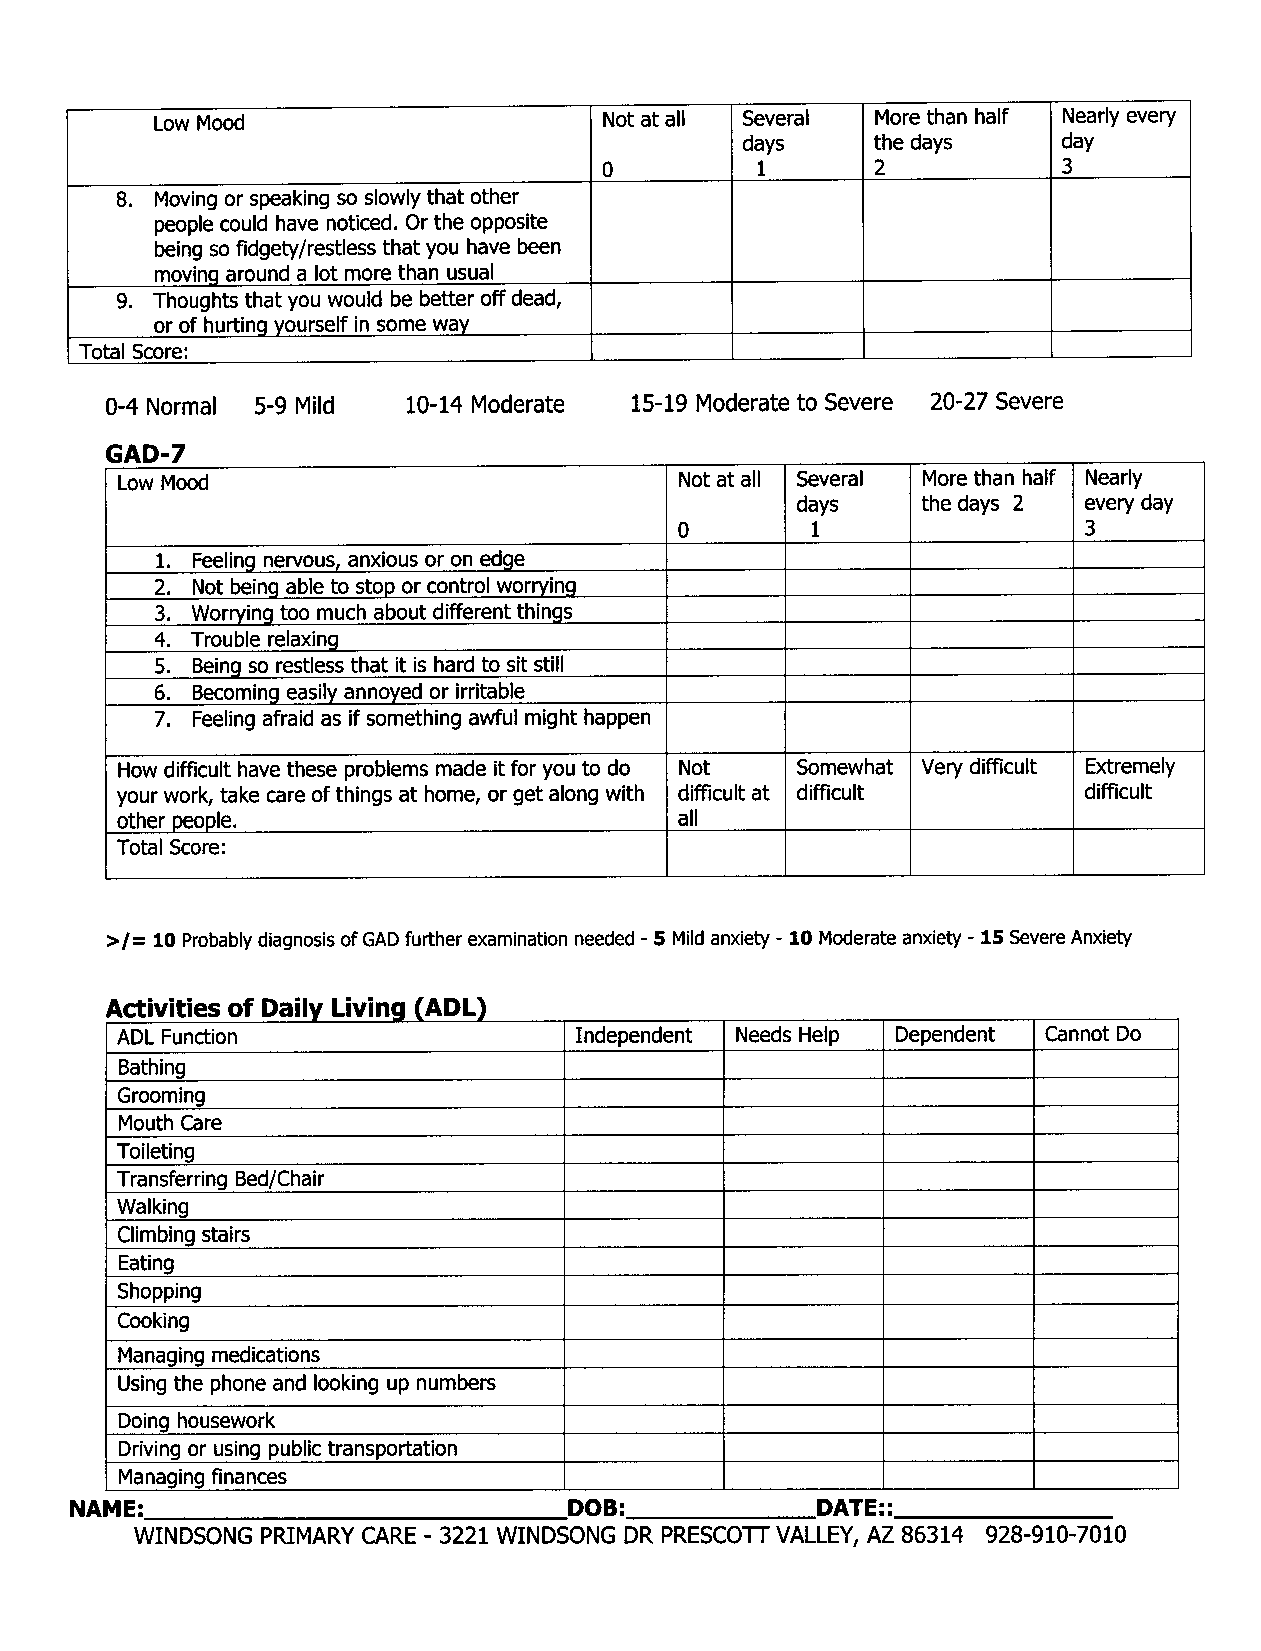
Low Mood                      Not at all0 Several More than half Nearly every
 days     the days    day
 1       2           3
 8. Moving or speaking so slowly that other
 people could have noticed. Or the opposite
 being so fidgety/restless that you have been
 moving around a lot more than usual
 9. Thoughts that you would be better off dead,
 or of hurting yourself in some way
 Total Score:
 0-4 Normal 5-9 Mild  10-14 Moderate 15-19 Moderate to severe 20-27 Severe
 GAD-7
 Low Mood                             Not at all0 Several More than half Nearly
 days1   the days 2 eve!ry deiN3
 1. Feeling nervous, anxious or on edge
 2. Not being able to stop or control worrying
 3. Worrying too much about different things
 4. Trouble relaxing
 5. Being so restless that it is hard to sit still
 6, Becoming easily annoyed or irritable
 7. Feeling afraid as if something awful might happen
 How difficult have these problems made it for you to do Not Somewhat Very difficult Extremely
 your work, take care of things at home, or get along with difficult at difficult difficult
 other people.                        all
 Total Score:
 >/= 10 Probably diagnosis of GAD further examination needed -5 Mild anxiety -10 Moderate anxiety -15 Severe Anxiety
 Activities of Daily Living (ADL)
 ADL Function                  Independent Needs Help Dependent Cannot Do
 Bathing
 Grcoming
 Mouth Care
 Toileting
 Transferring Bed/Chair
 Walking
 Climbing stairs
 Eating
 Shopping
 Cooking
 Managing medications
 Using the phone and lcoking up numbers
 Doing housework
 Driving or using public transportation
 Managing finances
 NAME:                            DOB:            DATE: :
 WINDSONG PRIMARY CARE -3221 WINDSONG DR PRESCOIT VALLEY, AZ 86314 928-910-7010